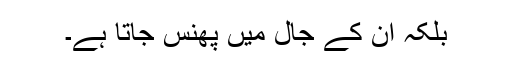
بلکہ ان کے جال میں پھنس جاتا ہے۔